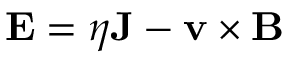
{ \bf E } = \eta { \bf J } - { \bf v } \times { \bf B }